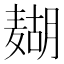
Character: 𱋟